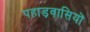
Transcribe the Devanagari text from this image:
पहाड़वासियों